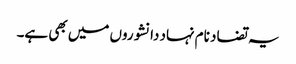
یہ تضاد نام نہاد دانشوروں میں بھی ہے۔